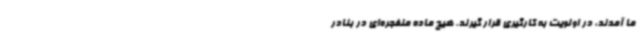
ما آمدند، در اولویت به کارگیری قرار گیرند. هیچ ماده منفجره‌ای در بنادر